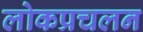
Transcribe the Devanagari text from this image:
लोकप्रचलन